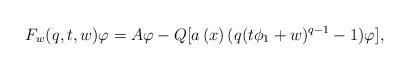
LaTeX: \begin{align*}F_{w}(q,t,w)\varphi=A\varphi-Q[a\left( x\right) (q(t\phi_{1}+w)^{q-1}-1)\varphi], \end{align*}